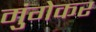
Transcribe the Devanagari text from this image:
मुंगेकर